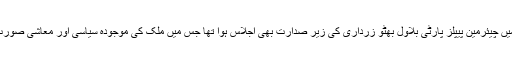
گزشتہ روز کراچی میں چیئرمین پیپلز پارٹی بلاول بھٹو زرداری کی زیر صدارت بھی اجلاس ہوا تھا جس میں ملک کی موجودہ سیاسی اور معاشی صورت حال پرغورکیا گیا۔